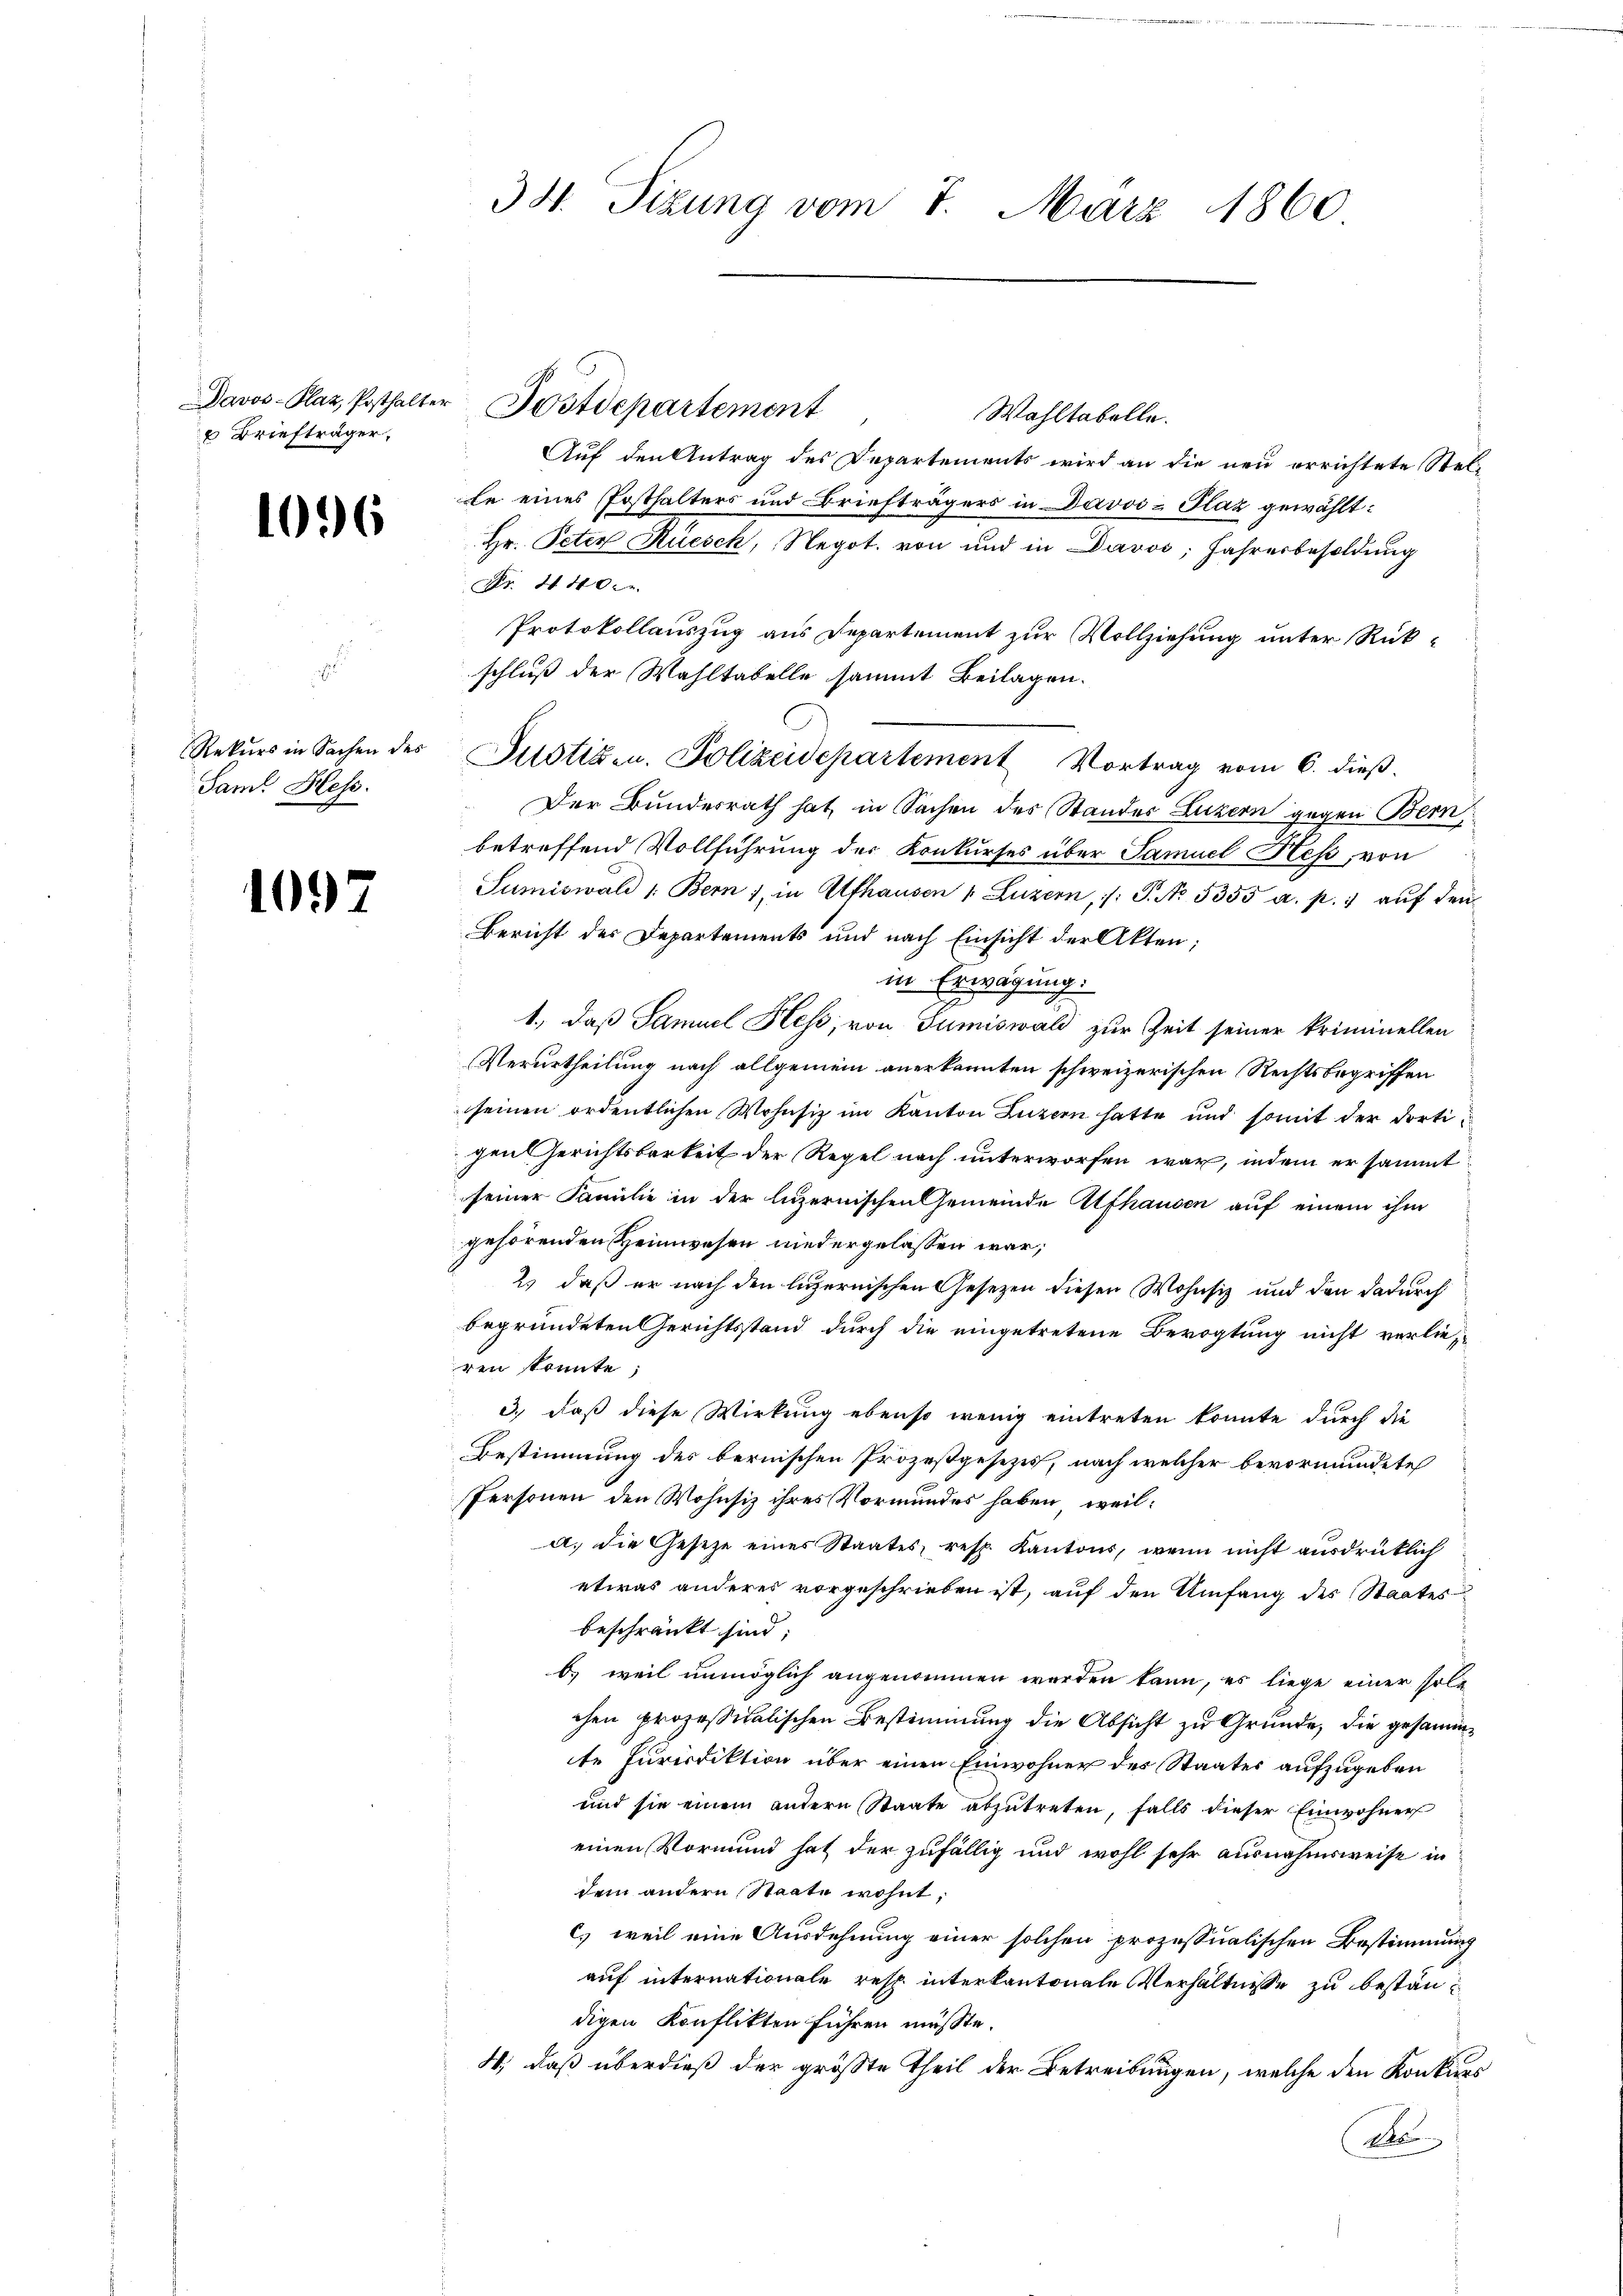
Briefträger,

1096

Rekurs in Sachen des
Saml Hess.

1097

Wahltabelle.
Auf den Antrag des Departements wird an die neu errichtete Stelfe eines Posthalters und Briefträgers in Davos- Plaz gewählt:
Hr. Peter Rüesch, Negot. von und in Davos, Jahresbesoldung
Nr. 440.
Protokollauszug aus Departement zur Vollziehung unter Rückschluß der Wahltabelle sammt Beilagen.
Der Bundesrath hat, in Sachen des Standes Luzern gegen Bern,
betreffend Vollführung der Konkurses über Samuel Heß, von
Sumiswald 1: Bern / in Alfhausen u. Luzern, /: P. No. 5355 a. p. aŭf den
Bericht der Departements und nach Einsicht der Akten;
in Erwägung.
1., daß Samuel Hess, von Sumiswald zur Zeit seiner kriminellen
Verurtheilung nach allgemein anerkannten schweizerischen Rechtsbegriffen
seinen ordentlichen Wohnsiz im Kanton Luzern hatte und somit der dortigen Gerichtsbarkeit der Regel nach unterworfen war, indem er sammt
seiner Familie in der luzernischen Gemeinde Ufhausen auf einem ihm
gehörenden Heimwesen niedergelassen war;
2.) daß er nach den luzernischen Gesetzen diesen Wohnsiz und den dadurch
begründeten Gerichtsstand durch die eingetretene Bevogtung nicht verlieren könnte;
3., daß diese Wirkung ebenso wenig eintreten konnte durch die
Bestimmung des bernischen Prozeßgesezes, nach welcher bevormundete
Personen den Wohnsiz ihres Vormundes haben, weil:
a. die Gesetze eines Staates, resp. Kantons, wenn nicht ausdrücklich
etwas anderes vorgeschrieben ist, auf den Umfang des Staates
beschränkt sind;
b) weil unmöglich angenommen werden kann, es liege einer solchen prozessitalischen Bestimmung die Absicht zu Grunde, die gesammte Jurisdiktion über einen Einwohner des Staates aufzugeben
und sie einem andern Staate abzŭtreten, falls dieser Einwohner
einen Vormund hat der zufällig und wohl sehr ausnahmsweise in
dem andern Staate wohnt,
c) weil eine Ausdehnung einer solchen prozessualischen Bestimmung
auf internationale resp. interkantonale Verhältnisse zu beständigen Konflikten führen müsste.
4, daß überdieß der größte Theil der Betreibungen, welche den Konkurs
M

381. Sizung vom 7. März 1860

Davos- Plaz, Posthalter Postdepartement

Justigen. Polizeidepartement Vortrag vom 6. dieβ.